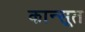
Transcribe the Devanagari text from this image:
कान्सूत